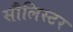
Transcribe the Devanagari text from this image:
सौलिस्टर